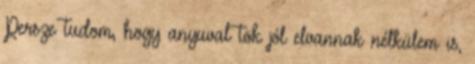
Persze tudom, hogy anyuval tök jól elvannak nélkülem is,